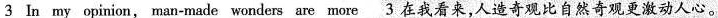
3 In my opinion, man-made wonders are more 3 在我看来,人造奇观比自然奇观更激动人心.